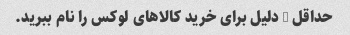
حداقل 3 دلیل برای خرید کالاهای لوکس را نام ببرید.